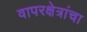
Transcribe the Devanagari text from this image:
वापरक्षेत्रांचा